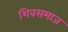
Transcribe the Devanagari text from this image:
शिवसमाज